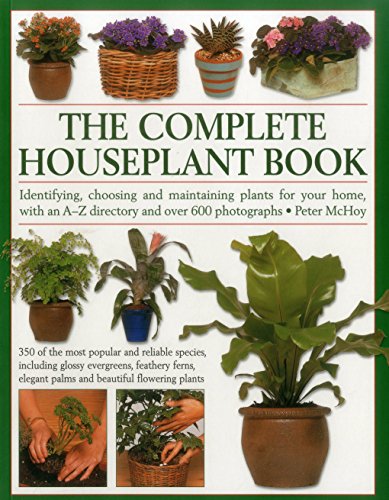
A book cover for The Complete Houseplant Book: Identifying, Choosing And Maintaining Plants For Your Home, With An A-Z Directory And Over 600 Photographs; Peter McHoy; Crafts, Hobbies & Home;